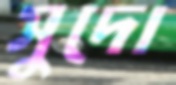
সুদো